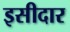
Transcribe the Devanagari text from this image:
इसीदार